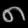
Digit: ၈